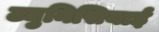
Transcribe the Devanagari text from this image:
ट्युनिसियाई